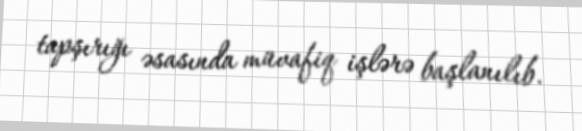
tapşırığı əsasında müvafiq işlərə başlanılıb.